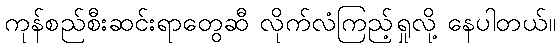
ကုန်စည်စီးဆင်းရာတွေဆီ လိုက်လံကြည့်ရှုလို့ နေပါတယ်။